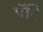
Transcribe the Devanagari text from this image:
पॅरि